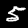
Digit: 5